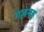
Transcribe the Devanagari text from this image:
गज़नह